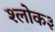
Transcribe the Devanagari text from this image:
श्लोक३